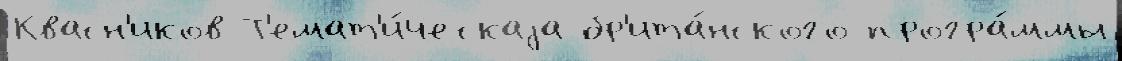
Квасн'иков Т'емат'и́ческаjа бр'ита́нского програ́ммы